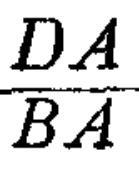
\(\frac{DA}{BA}\)